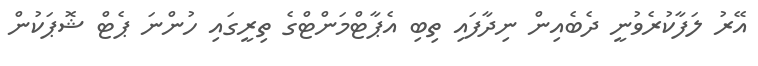
އޭރު ލަފާކުރެވުނީ ދެބެއިން ނިދާފައި ތިބި އެޕާޓްމަންޓްގެ ތިރީގައި ހުންނަ ޕެޓް ޝޮޕަކުން